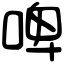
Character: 啤